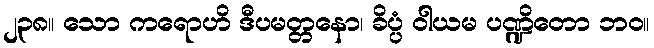
၂၃၈။ သော ကရောဟိ ဒီပမတ္တနော၊ ခိပ္ပံ ဝါယမ ပဏ္ဍိတော ဘဝ။